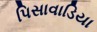
પિસાવાડિયા